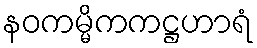
နဝကမ္မိကကဋ္ဌဟာရံ